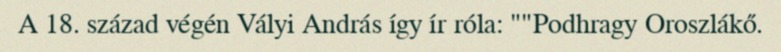
A 18. század végén Vályi András így ír róla: ""Podhragy Oroszlákő.